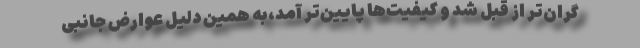
گران‌تر از قبل شد و کیفیت‌ها پایین‌تر آمد،به همین دلیل عوارض جانبی